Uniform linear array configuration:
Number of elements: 64
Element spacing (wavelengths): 0.25
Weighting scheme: binomial
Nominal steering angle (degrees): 60
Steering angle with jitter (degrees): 58.536
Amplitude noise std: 0.05
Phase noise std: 0.05

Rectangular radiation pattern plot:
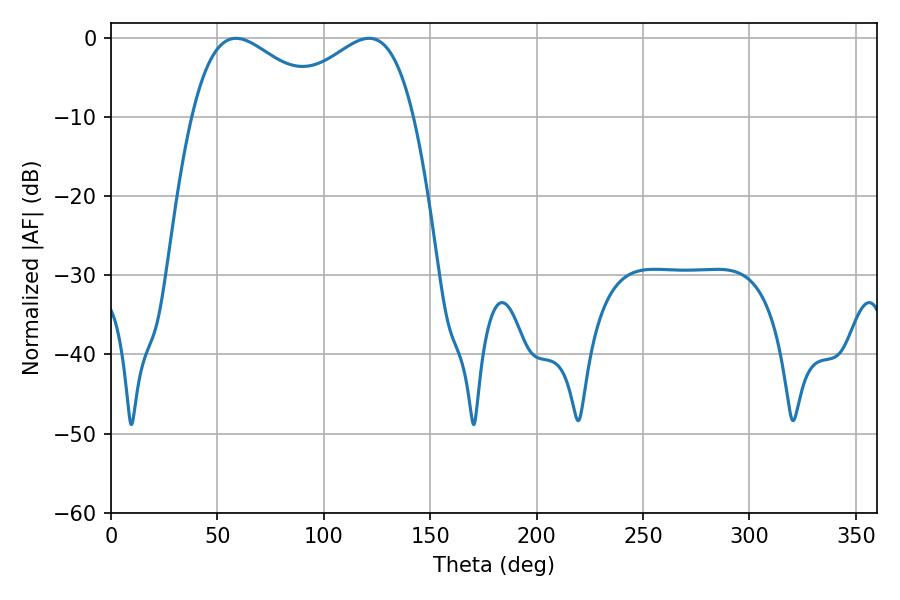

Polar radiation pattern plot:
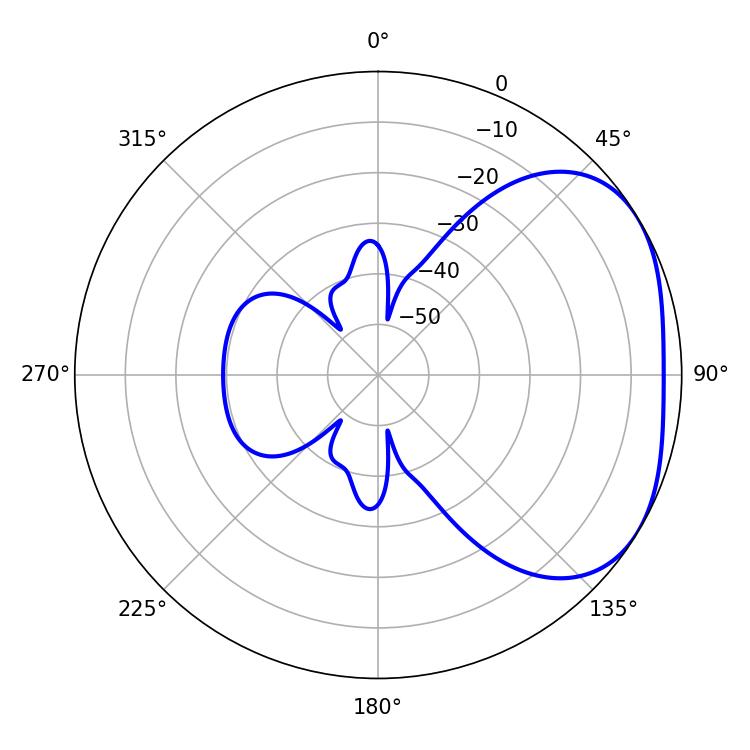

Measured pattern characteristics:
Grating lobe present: FALSE
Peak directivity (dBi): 2.851
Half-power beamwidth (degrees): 34.92
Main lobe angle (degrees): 58.68